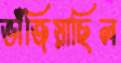
ভাঁজিয়াছিল